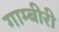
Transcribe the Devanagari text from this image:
गाम्बीरी